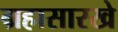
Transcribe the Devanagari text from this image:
ग्रहासारखे